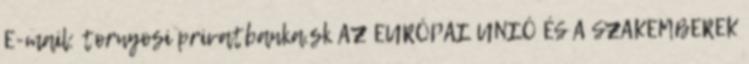
E-mail: tornyosi privatbanka.sk AZ EURÓPAI UNIÓ ÉS A SZAKEMBEREK